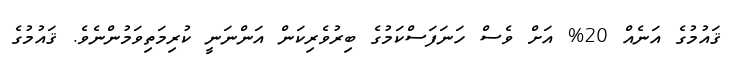
ޤައުމުގެ އަނެއް 20% އަށް ވެސް ހަނަފަސްކަމުގެ ބިރުވެރިކަން އަންނަނީ ކުރިމަތިވަމުންނެވެ. ޤައުމުގެ